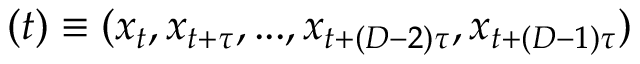
( t ) \equiv ( x _ { t } , x _ { t + \tau } , . . . , x _ { t + ( D - 2 ) \tau } , x _ { t + ( D - 1 ) \tau } )